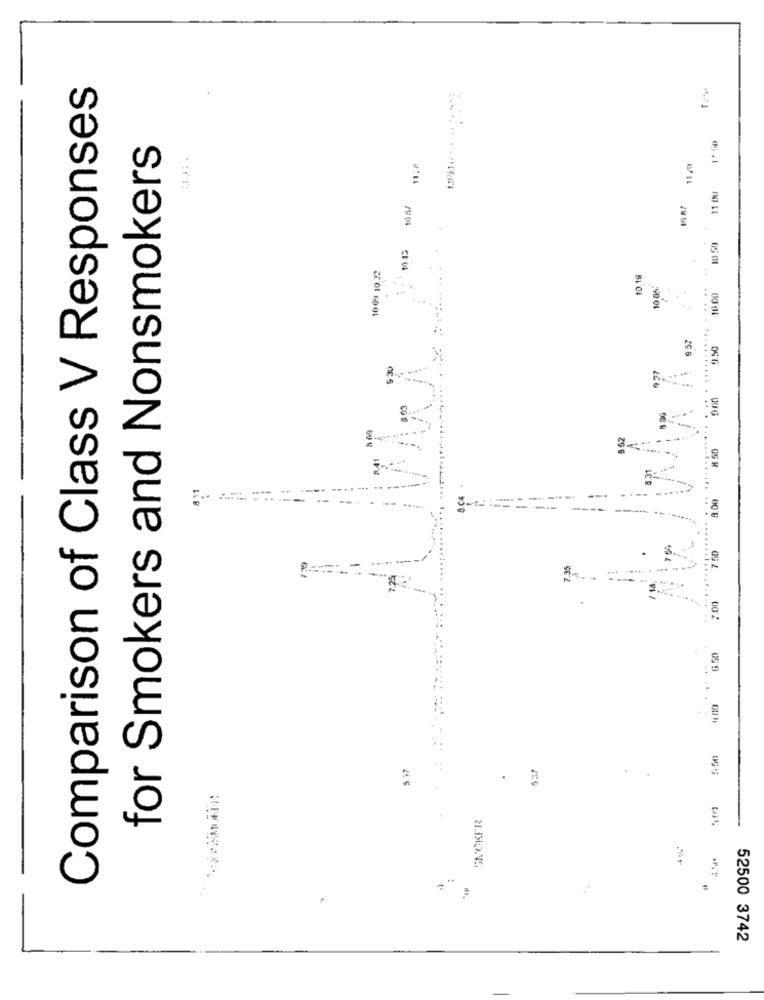
Comparison of Class V Responses
for Smokers and Nonsmokers
11/0
:
11 EMI
10 5/
0 50
0.19
10 05:
....
10.00
957
3.50
.
-
62
8 50
9.00
7 50
7.35
7.00
6.50
650
$ 37
537
.
SNCKER
52500 3742